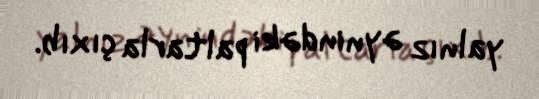
yalnız əynindəki paltarla çıxıb.